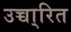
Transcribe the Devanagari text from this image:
उच्चा्रित